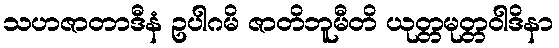
သဟဇာတာဒီနံ ဥပါဂမိ ဇာတိဘူမီတိ ယုတ္တမုတ္တဝါဒိနာ